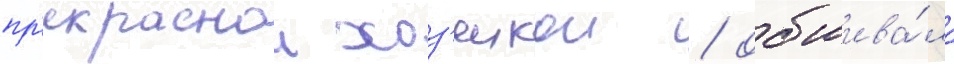
пр'екраснои хоз'яикои / обшива́ла